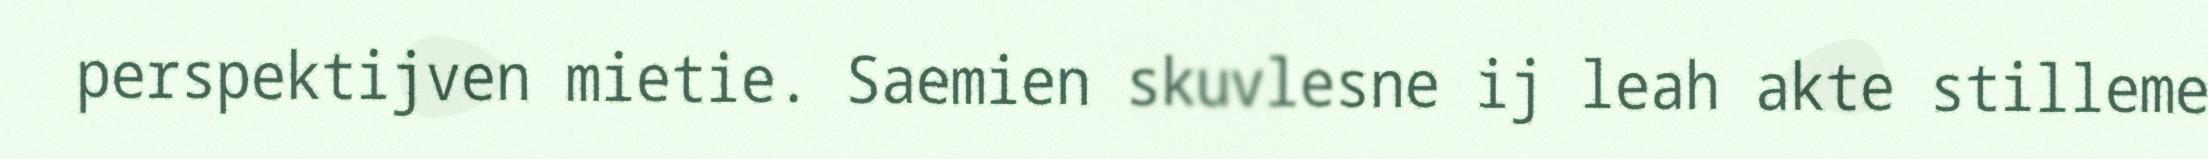
perspektijven mietie. Saemien skuvlesne ij leah akte stilleme